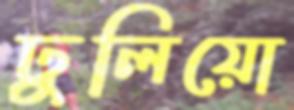
ঢুলিয়ো